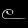
Digit: ၉